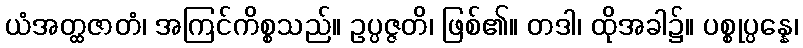
ယံအတ္ထဇာတံ၊ အကြင်ကိစ္စသည်။ ဥပ္ပဇ္ဇတိ၊ ဖြစ်၏။ တဒါ၊ ထိုအခါ၌။ ပစ္စုပ္ပန္နေ၊